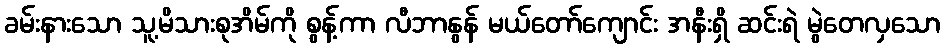
ခမ်းနားသော သူ့မိသားစုအိမ်ကို စွန့်ကာ လီဘာနွန် မယ်တော်ကျောင်း အနီးရှိ ဆင်းရဲ မွဲတေလှသော